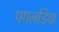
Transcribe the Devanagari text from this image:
पगलडिया